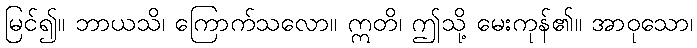
မြင်၍။ ဘာယသိ၊ ကြောက်သလော။ ဣတိ၊ ဤသို့ မေးကုန်၏။ အာဝုသော၊